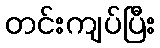
တင်းကျပ်ပြီး